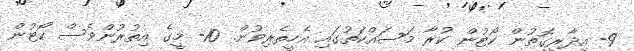
9- އިދާރީގޮތުން ކޯޓުން ކުރާ މަސައްކަތުގައި އެހީތެރިވުން. 10- މީގެ އިތުރުންވެސް ކޯޓުން